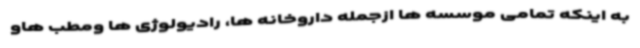
به اینکه تمامی موسسه ها ازجمله داروخانه ها، رادیولوژی ها ومطب هاو